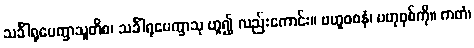
သင်္ခါရုပေက္ခာသူတိစ၊ သင်္ခါရုပေက္ခာသု ဟူ၍ လည်းကောင်း။ ဗဟူဝစနံ၊ ဗဟုဝုစ်ကို။ ကတံ၊